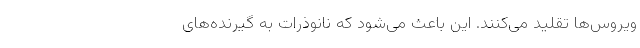
ویروس‌ها تقلید می‌کنند. این باعث می‌شود که نانوذرات به گیرنده‌های